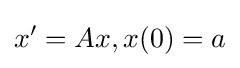
x'=Ax,x(0)=a